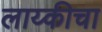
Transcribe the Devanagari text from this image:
लाय्कीचा